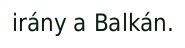
irány a Balkán.